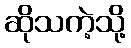
ဆိုသကဲ့သို့